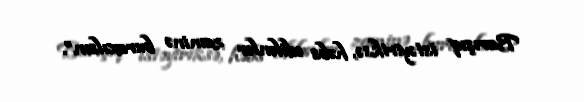
Barışıq istəyiriksə, həbs edilənlər zaminə buraxılsın”.